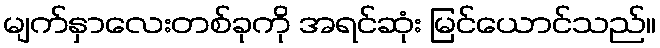
မျက်နှာလေးတစ်ခုကို အရင်ဆုံး မြင်ယောင်သည်။